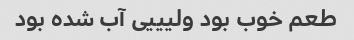
طعم خوب بود ولیییی آب شده بود